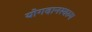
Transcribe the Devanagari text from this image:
योगदानस्वरुप